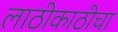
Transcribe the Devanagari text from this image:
लाठीकाठीचा